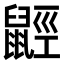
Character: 𪕣